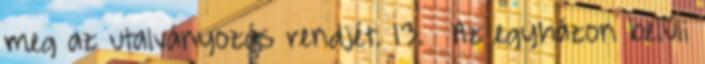
meg az utalványozás rendjét. 13. § Az egyházon belüli